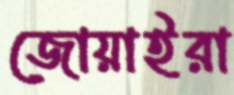
জোয়াইরা